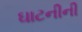
ઘાટનીની